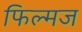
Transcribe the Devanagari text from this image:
फिल्मज